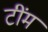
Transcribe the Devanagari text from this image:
टींम